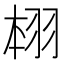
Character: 翉